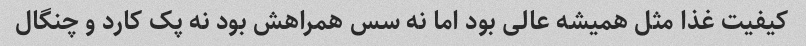
کیفیت غذا مثل همیشه عالی بود اما نه سس همراهش بود نه پک کارد و چنگال